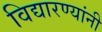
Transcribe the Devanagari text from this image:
विद्यारण्यांनी